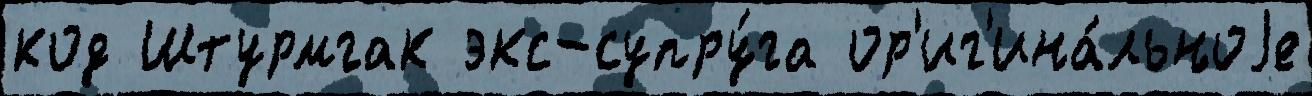
код Штурмгак экс-супру́га ор'иг'ина́льноjе